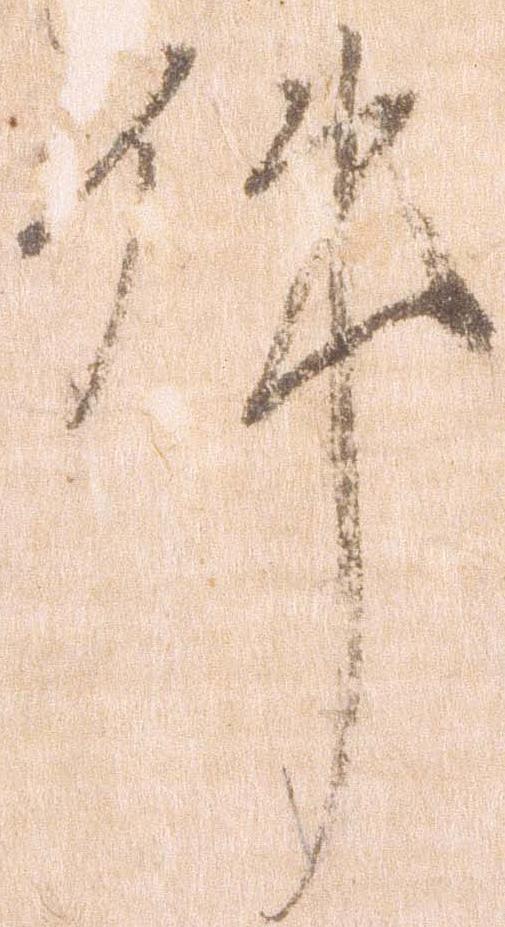
件